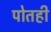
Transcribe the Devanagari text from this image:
पोतही